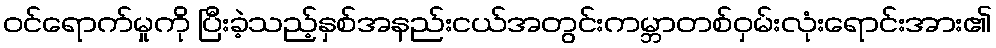
ဝင်ရောက်မှုကို ပြီးခဲ့သည့်နှစ်အနည်းငယ်အတွင်းကမ္ဘာတစ်ဝှမ်းလုံးရောင်းအား၏